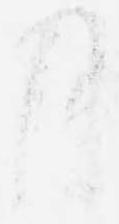
月